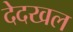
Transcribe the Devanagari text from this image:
देदखल